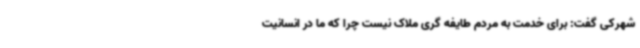
شهرکی گفت: برای خدمت به مردم طایفه گری ملاک نیست چرا که ما در انسانیت